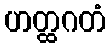
ဟတ္ထဂတံ